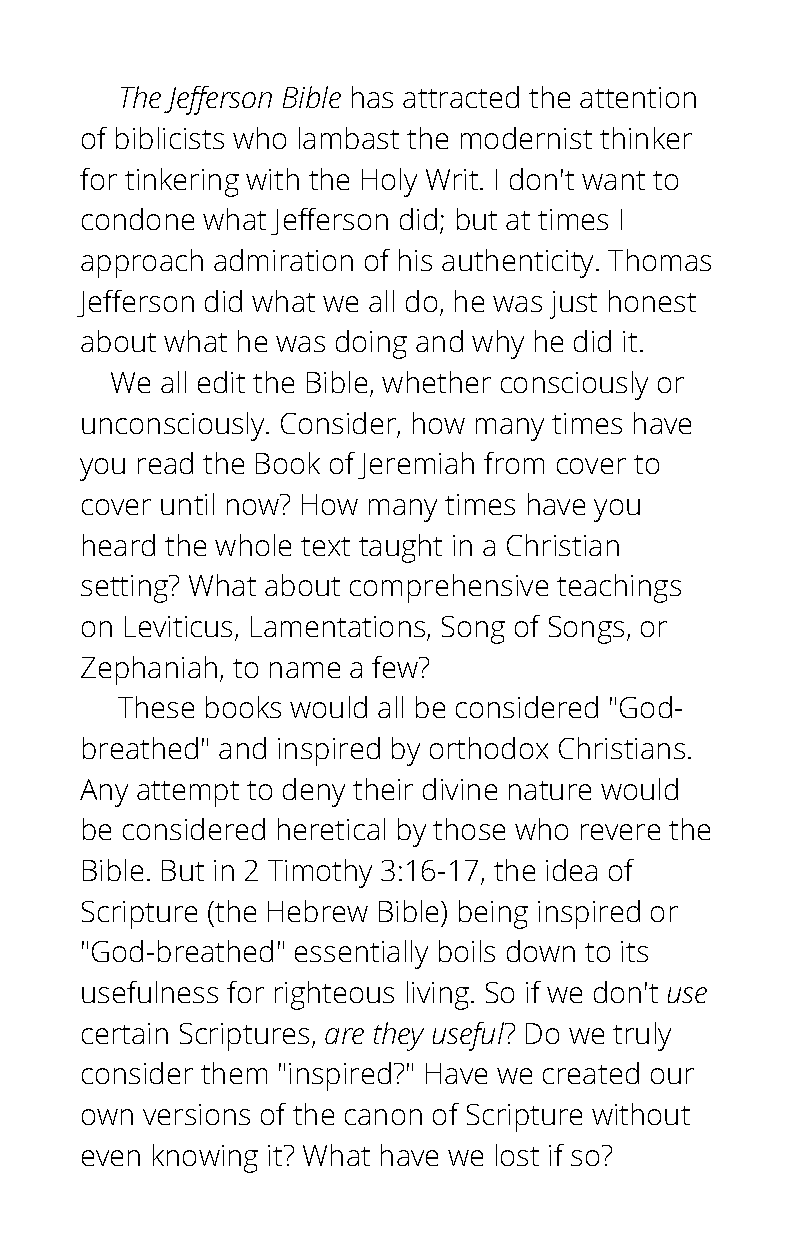
The Jefferson Bible has attracted the attention
 of biblicists who lambast the modernist thinker
 for tinkering with the Holy Writ. I don't want to
 condone what Jefferson did; but at times I
 approach admiration of his authenticity. Thomas
 Jefferson did what we all do, he was just honest
 about what he was doing and why he did it.
 We  all edit the Bible, whether consciously or
 unconsciously. Consider, how many times have
 you read the Book of Jeremiah from cover to
 cover until now? How many times have you
 heard the whole text taught in a Christian
 setting? What about comprehensive teachings
 on Leviticus, Lamentations, Song of Songs, or
 Zephaniah, to name a few?
 These books would all be considered "God-
 breathed" and inspired by orthodox Christians.
 Any attempt to deny their divine nature would
 be considered heretical by those who revere the
 Bible. But in 2 Timothy 3:16-17, the idea of
 Scripture (the Hebrew Bible) being inspired or
 "God-breathed" essentially boils down to its
 usefulness for righteous living. So if we don't use
 certain Scriptures, are they useful? Do we truly
 consider them "inspired?" Have we created our
 own versions of the canon of Scripture without
 even knowing it? What have we lost if so?